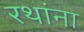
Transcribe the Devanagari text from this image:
रथांना